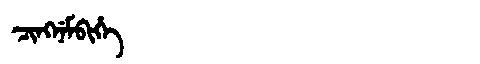
Manchu: ᠴᡳᠩᠨᡝᠮᠪᡳᡥᡝ
Romanization: CINGNEMBIHE